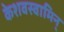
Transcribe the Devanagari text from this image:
केशवस्वामिन्